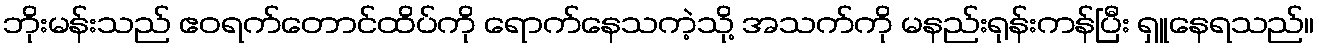
ဘိုးမန်းသည် ဧဝရက်တောင်ထိပ်ကို ရောက်နေသကဲ့သို့ အသက်ကို မနည်းရုန်းကန်ပြီး ရှူနေရသည်။